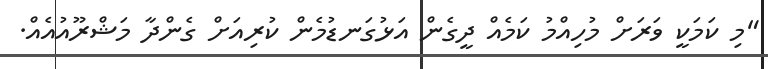
"މި ކަމަކީ ވަރަށް މުހިއްމު ކަމެއް ދީގެން އަޅުގަނޑުމެން ކުރިއަށް ގެންދާ މަޝްރޫއުއެއް.